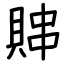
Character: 賗